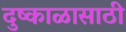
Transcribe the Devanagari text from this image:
दुष्काळासाठी